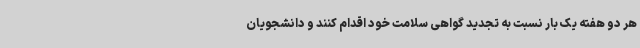
هر دو هفته یک بار نسبت به تجدید گواهی سلامت خود اقدام کنند و دانشجویان